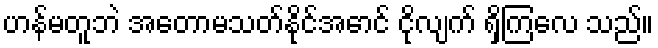
ဟန်မတူဘဲ အတောမသတ်နိုင်အောင် ငိုလျက် ရှိကြလေ သည်။